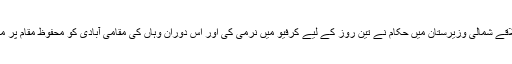
پاکستان کے قبائلی علاقے شمالی وزیرستان میں حکام نے تین روز کے لیے کرفیو میں نرمی کی اور اس دوران وہاں کی مقامی آبادی کو محفوظ مقام پر منتقل ہونے کا کہا ہے۔